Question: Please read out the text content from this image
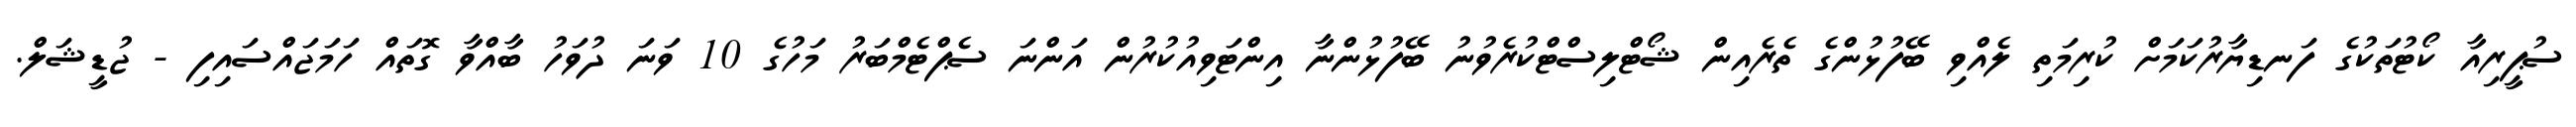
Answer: ސުޕީރިއާ ކޯޓުތަކުގެ ފަނޑިޔާރުކަމަށް ކުރިމަތި ލެއްވި ބޭފުޅުންގެ ތެރެއިން ޝޯޓްލިސްޓްކުރެވުނު ބޭފުޅުންނާ އިންޓަވިއުކުރުން އަންނަ ސެޕްޓެމްބަރު މަހުގެ 10 ވަނަ ދުވަހު ބާއްވާ ގޮތައް ހަމަޖައްސައިފި - ޖުޑީޝަލް.